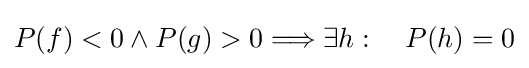
P(f)<0\wedge P(g)>0\Longrightarrow \exists h:\quad P(h)=0